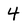
Character: 4